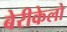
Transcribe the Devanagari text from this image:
बेरीकेलो